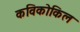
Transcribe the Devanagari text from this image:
कविकोकिल